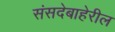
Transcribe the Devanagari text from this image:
संसदेबाहेरील